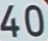
40